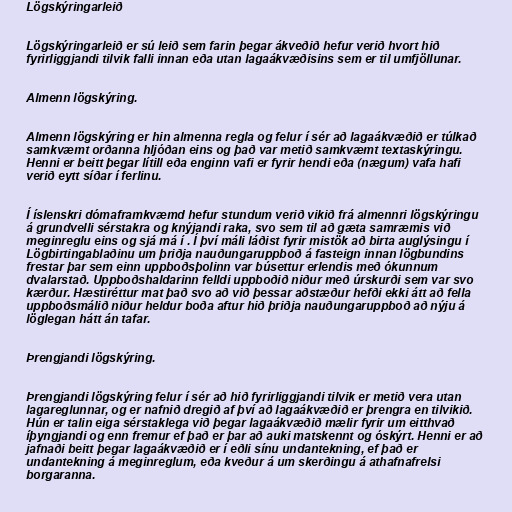
Lögskýringarleið

Lögskýringarleið er sú leið sem farin þegar ákveðið hefur verið hvort hið
fyrirliggjandi tilvik falli innan eða utan lagaákvæðisins sem er til umfjöllunar.

Almenn lögskýring.

Almenn lögskýring er hin almenna regla og felur í sér að lagaákvæðið er túlkað
samkvæmt orðanna hljóðan eins og það var metið samkvæmt textaskýringu.
Henni er beitt þegar lítill eða enginn vafi er fyrir hendi eða (nægum) vafa hafi
verið eytt síðar í ferlinu.

Í íslenskri dómaframkvæmd hefur stundum verið vikið frá almennri lögskýringu
á grundvelli sérstakra og knýjandi raka, svo sem til að gæta samræmis við
meginreglu eins og sjá má í . Í því máli láðist fyrir mistök að birta auglýsingu í
Lögbirtingablaðinu um þriðja nauðungaruppboð á fasteign innan lögbundins
frestar þar sem einn uppboðsþolinn var búsettur erlendis með ókunnum
dvalarstað. Uppboðshaldarinn felldi uppboðið niður með úrskurði sem var svo
kærður. Hæstiréttur mat það svo að við þessar aðstæður hefði ekki átt að fella
uppboðsmálið niður heldur boða aftur hið þriðja nauðungaruppboð að nýju á
löglegan hátt án tafar.

Þrengjandi lögskýring.

Þrengjandi lögskýring felur í sér að hið fyrirliggjandi tilvik er metið vera utan
lagareglunnar, og er nafnið dregið af því að lagaákvæðið er þrengra en tilvikið.
Hún er talin eiga sérstaklega við þegar lagaákvæðið mælir fyrir um eitthvað
íþyngjandi og enn fremur ef það er þar að auki matskennt og óskýrt. Henni er að
jafnaði beitt þegar lagaákvæðið er í eðli sínu undantekning, ef það er
undantekning á meginreglum, eða kveður á um skerðingu á athafnafrelsi
borgaranna.